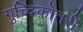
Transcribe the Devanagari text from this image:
गुच्दिकोत्तरी